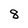
Character: 8